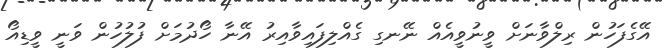
އޭގެފަހުން ރިލްވާނަށް ވީނުވީއެއް ނޭނގި ގެއްލިފައިވާއިރު އޭނާ ހޯދުމަށް ފުލުހުން ވަނީ ވީޑިއޯ